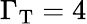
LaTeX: \Gamma_{\mathrm{T}}=4